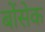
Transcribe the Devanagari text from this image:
बोंसेक